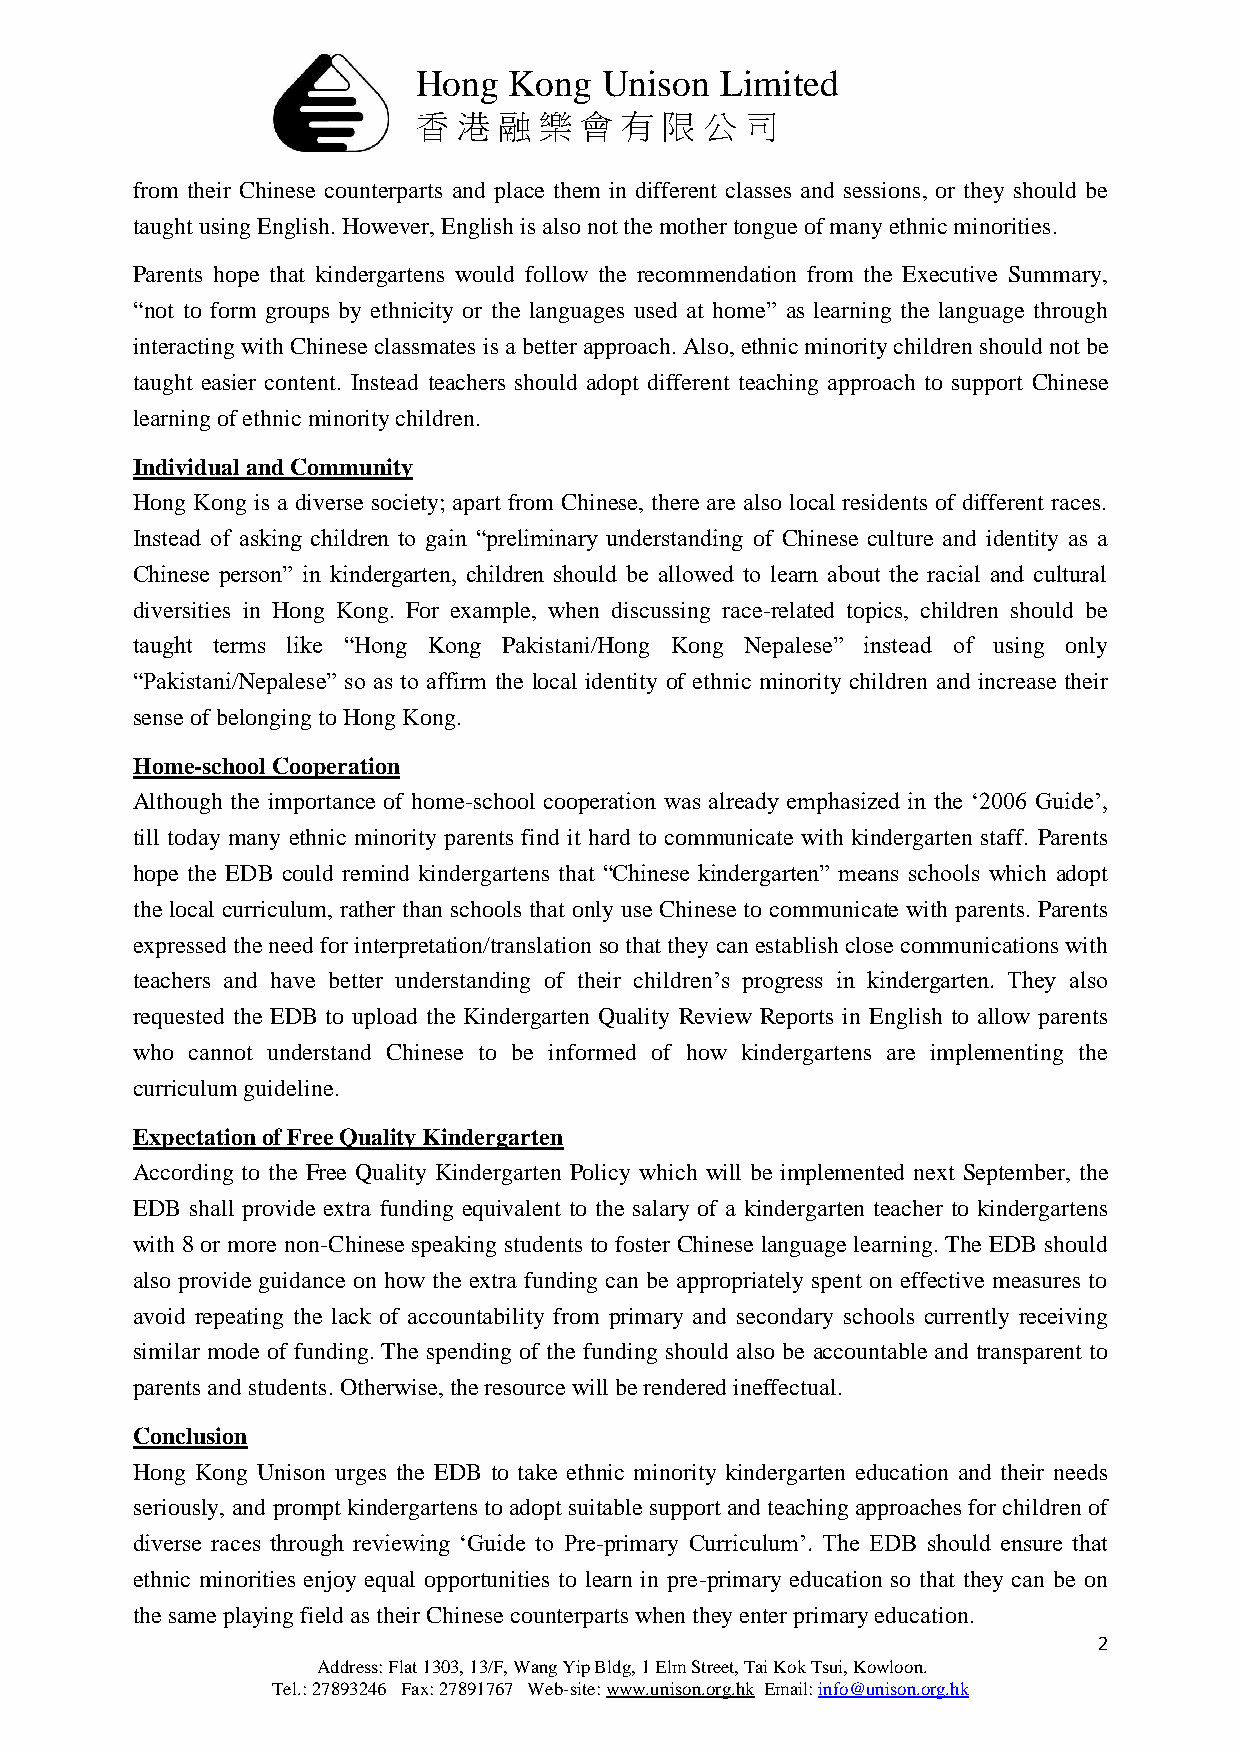
Hong  Kong  Unison  Limited
 香 港  融  樂 會  有  限  公 司
 from their Chinese counterparts and place them in different classes and sessions, or they should be
 taught using English. However, English is also not the mother tongue of many ethnic minorities.
 Parents hope that kindergartens would follow the recommendation from the Executive Summary,
 “not to form groups by ethnicity or the languages used at home” as learning the language through
 interacting with Chinese classmates is a better approach. Also, ethnic minority children should not be
 taught easier content. Instead teachers should adopt different teaching approach to support Chinese
 learning of ethnic minority children.
 Individual and Community
 Hong Kong is a diverse society; apart from Chinese, there are also local residents of different races.
 Instead of asking children to gain “preliminary understanding of Chinese culture and identity as a
 Chinese person” in kindergarten, children should be allowed to learn about the racial and cultural
 diversities in Hong Kong. For example, when discussing race-related topics, children should be
 taught terms like “Hong Kong Pakistani/Hong Kong Nepalese” instead of using only
 “Pakistani/Nepalese” so as to affirm the local identity of ethnic minority children and increase their
 sense of belonging to Hong Kong.
 Home-school Cooperation
 Although the importance of home-school cooperation was already emphasized in the ‘2006 Guide’,
 till today many ethnic minority parents find it hard to communicate with kindergarten staff. Parents
 hope the EDB could remind kindergartens that “Chinese kindergarten” means schools which adopt
 the local curriculum, rather than schools that only use Chinese to communicate with parents. Parents
 expressed the need for interpretation/translation so that they can establish close communications with
 teachers and have better understanding of their children’s progress in kindergarten. They also
 requested the EDB to upload the Kindergarten Quality Review Reports in English to allow parents
 who cannot understand Chinese to be informed of how kindergartens are implementing the
 curriculum guideline.
 Expectation of Free Quality Kindergarten
 According to the Free Quality Kindergarten Policy which will be implemented next September, the
 EDB shall provide extra funding equivalent to the salary of a kindergarten teacher to kindergartens
 with 8 or more non-Chinese speaking students to foster Chinese language learning. The EDB should
 also provide guidance on how the extra funding can be appropriately spent on effective measures to
 avoid repeating the lack of accountability from primary and secondary schools currently receiving
 similar mode of funding. The spending of the funding should also be accountable and transparent to
 parents and students. Otherwise, the resource will be rendered ineffectual.
 Conclusion
 Hong Kong Unison urges the EDB to take ethnic minority kindergarten education and their needs
 seriously, and prompt kindergartens to adopt suitable support and teaching approaches for children of
 diverse races through reviewing ‘Guide to Pre-primary Curriculum’. The EDB should ensure that
 ethnic minorities enjoy equal opportunities to learn in pre-primary education so that they can be on
 the same playing field as their Chinese counterparts when they enter primary education.
 2
 Address: Flat 1303, 13/F, Wang Yip Bldg, 1 Elm Street, Tai Kok Tsui, Kowloon.
 Tel.: 27893246 Fax: 27891767 Web-site: www.unison.org.hk Email: info@unison.org.hk